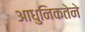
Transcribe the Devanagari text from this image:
आधुनिकतेने